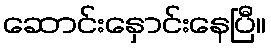
ဆောင်းနှောင်းနေပြီ။